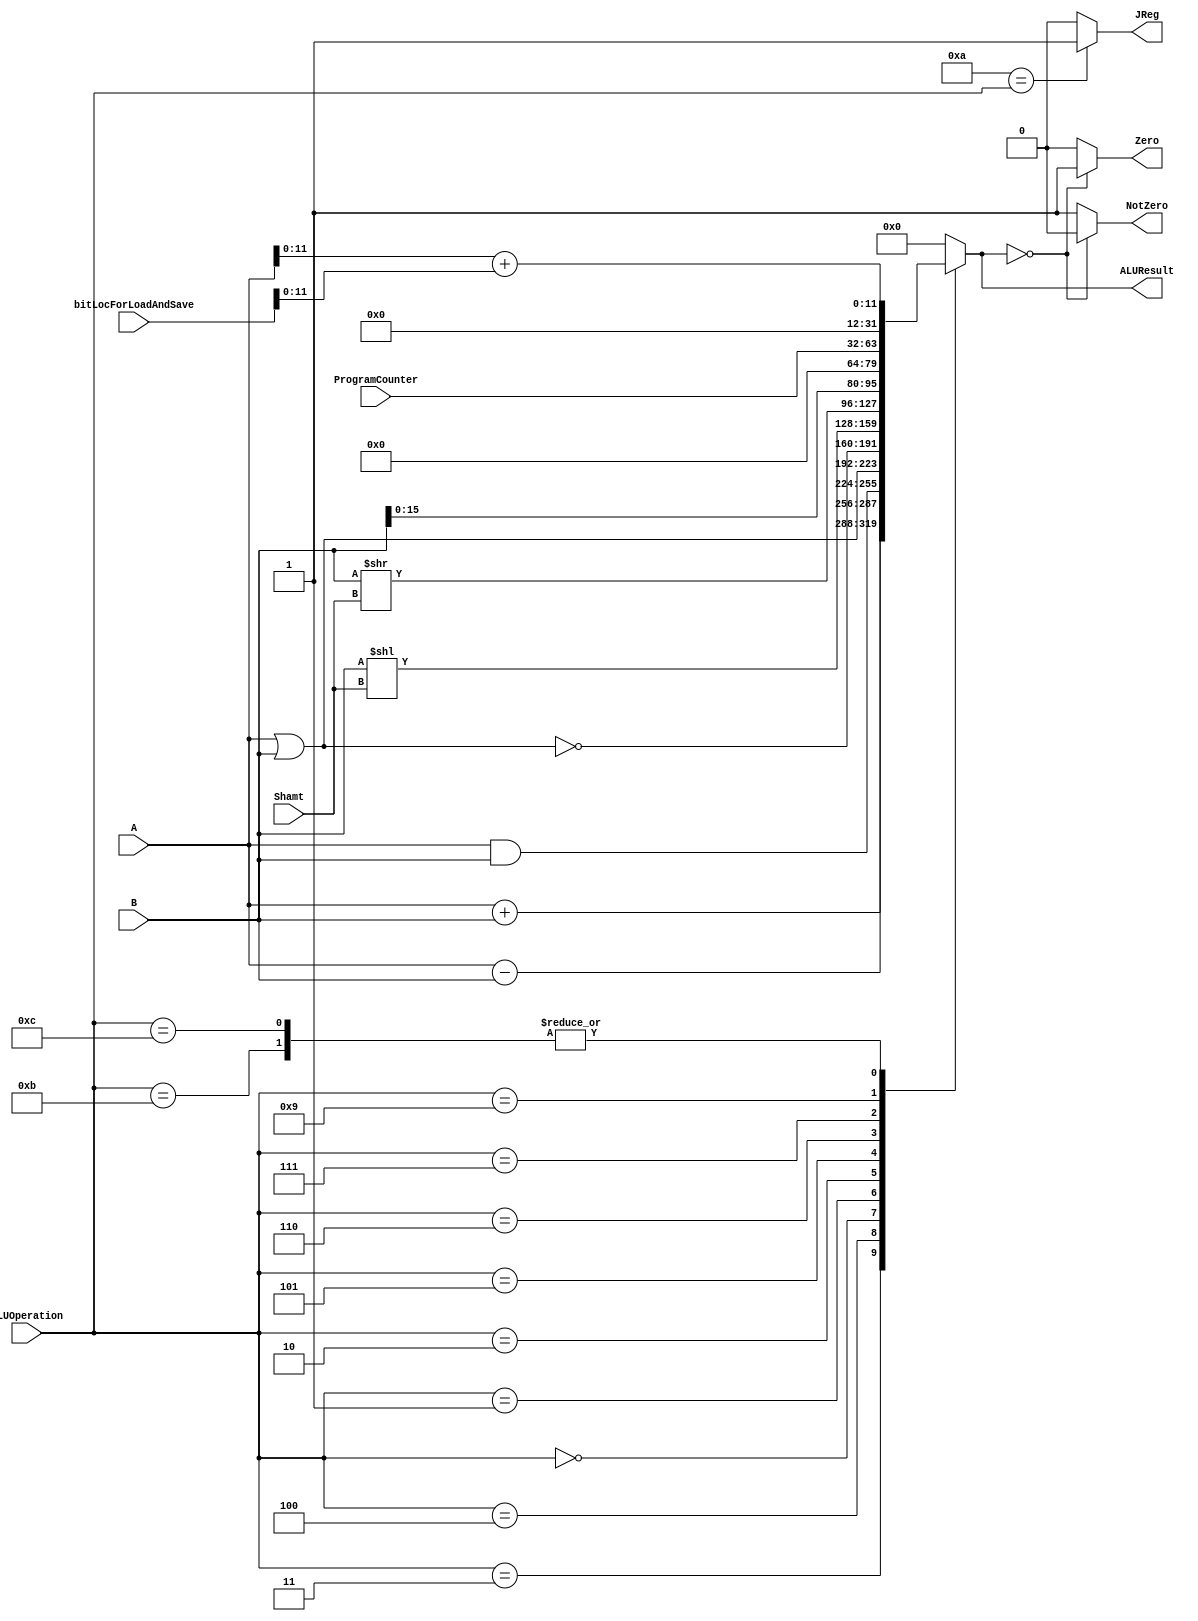
module ALU 
(
	input [3:0] ALUOperation,
	input [31:0] A,
	input [31:0] B,
	input [4:0] Shamt,
	input [31:0] ProgramCounter,
	input signed [15:0] bitLocForLoadAndSave,
	output reg Zero,
	output reg NotZero,
	output reg JReg,
	output reg [31:0]ALUResult
);


localparam AND = 4'b0000; // 0
localparam OR  = 4'b0001; // 1
localparam NOR = 4'b0010; // 2
localparam ADD = 4'b0011; // 3
localparam SUB = 4'b0100; // 4
localparam SLL = 4'b0101; // 5
localparam SRL = 4'b0110; // 6
localparam LUI = 4'b0111; // 7
localparam JAL = 4'b1001; // 9
localparam JR  = 4'b1010; // 10
localparam LW  = 4'b1011; //11
localparam SW  = 4'b1100; //12

wire [31:0] tempA = A + (bitLocForLoadAndSave);
   always @ (A or B or ALUOperation,Shamt,ProgramCounter,bitLocForLoadAndSave,tempA)
     begin
		case (ALUOperation)
		  ADD: // add
			ALUResult = A + B;
		  SUB: // sub
			ALUResult = A - B;
		  AND: // and
			ALUResult = A & B;
		  OR: // or
			ALUResult = A | B;
		  NOR: // nor
			ALUResult = ~(A|B);
		  SLL: // shift left
			ALUResult=  B << Shamt;
		  SRL: // shift right
			ALUResult=  B >> Shamt;
		  LUI: // load upper immediate
			ALUResult= B << 16;
		  JAL: // jump and link
			ALUResult = ProgramCounter;
		  LW:begin
			ALUResult = {16'b0000_0000_0000_0000_0000, tempA[11:0]};
		  end
		  SW:begin
			ALUResult = {16'b0000_0000_0000_0000_0000, tempA[11:0]};
		  end
		default:begin
			ALUResult = 0;
			
			end
		endcase // case(control)
		Zero = (ALUResult == 0) ? 1'b1 : 1'b0;
		NotZero= (ALUResult == 0) ? 1'b0 : 1'b1;
	  end
	  always@(JReg or ALUOperation)
	  begin
	  if(JR == ALUOperation) 
			JReg = 1;
	  else JReg = 0;
	  end
endmodule